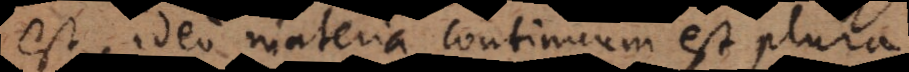
est, ideo materia continuum est plura